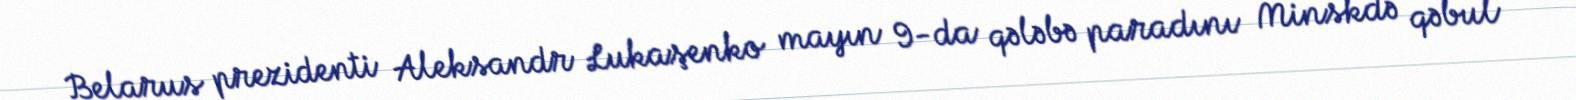
Belarus prezidenti Aleksandr Lukaşenko mayın 9-da qələbə paradını Minskdə qəbul